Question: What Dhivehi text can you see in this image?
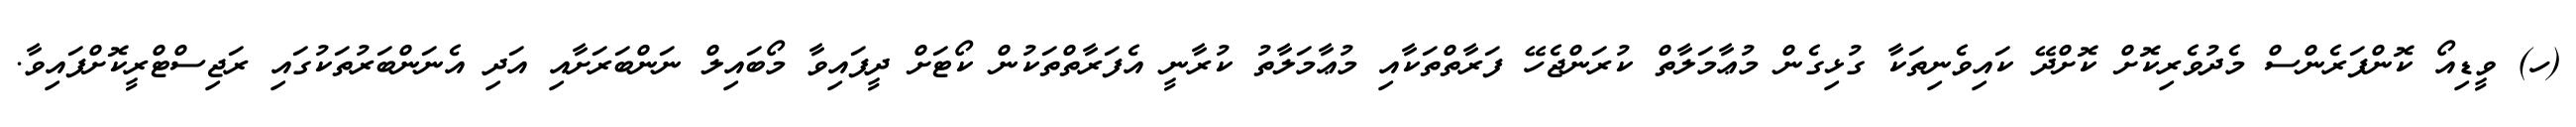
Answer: (ހ) ވީޑިއޯ ކޮންފަރެންސް މެދުވެރިކޮށް ކޮށްދޭ ކައިވެނިތަކާ ގުޅިގެން މުޢާމަލާތް ކުރަންޖެހޭ ފަރާތްތަކާއި މުޢާމަލާތު ކުރާނީ އެފަރާތްތަކުން ކޯޓަށް ދީފައިވާ މޯބައިލް ނަންބަރަށާއި އަދި އެނަންބަރުތަކުގައި ރަޖިސްޓްރީކޮށްފައިވާ.